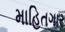
માહિતગાર